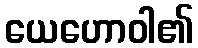
ယေဟောဝါ၏